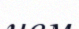
ием